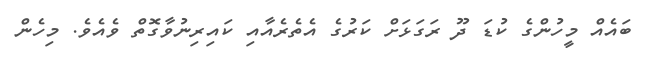
ބައެއް މީހުންގެ ކުޑަ ދޫ ރަގަޅަށް ކަރުގެ އެތެރެއާއި ކައިރިނުވާގޮތް ވެއެވެ. މިހެން